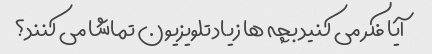
آیا فکر می کنید بچه ها زیاد تلویزیون تماشا می کنند؟